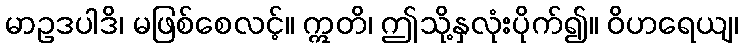
မာဥဒပါဒိ၊ မဖြစ်စေလင့်။ ဣတိ၊ ဤသို့နှလုံးပိုက်၍။ ဝိဟရေယျ၊